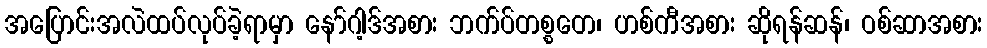
အပြောင်းအလဲထပ်လုပ်ခဲ့ရာမှာ နော်ဂါ့ဒ်အစား ဘက်ပ်တစ္စတေ၊ ဟစ်ကီအစား ဆိုရန်ဆန်၊ ဝစ်ဆာအစား